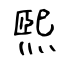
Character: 煕